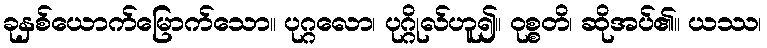
ခုနှစ်ယောက်မြောက်သော။ ပုဂ္ဂလော၊ ပုဂ္ဂိုလ်ဟူ၍။ ဝုစ္စတိ၊ ဆိုအပ်၏။ ယဿ၊